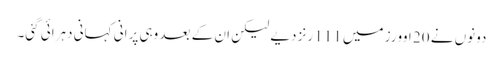
دونوں نے 20 اوورز میں 111 رنز دیے لیکن ان کے بعد وہی پرانی کہانی دہرائی گئی۔